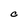
Character: C